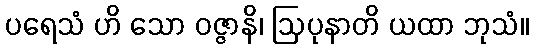
ပရေသံ ဟိ သော ဝဇ္ဇာနိ၊ ဩပုနာတိ ယထာ ဘုသံ။